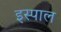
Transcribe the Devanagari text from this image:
इस्पाल